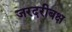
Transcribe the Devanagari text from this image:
जरदरीबक्ष